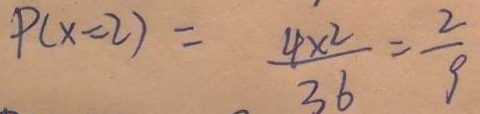
P ( x = 2 ) = \frac { 4 \times 2 } { 3 6 } = \frac { 2 } { 9 }